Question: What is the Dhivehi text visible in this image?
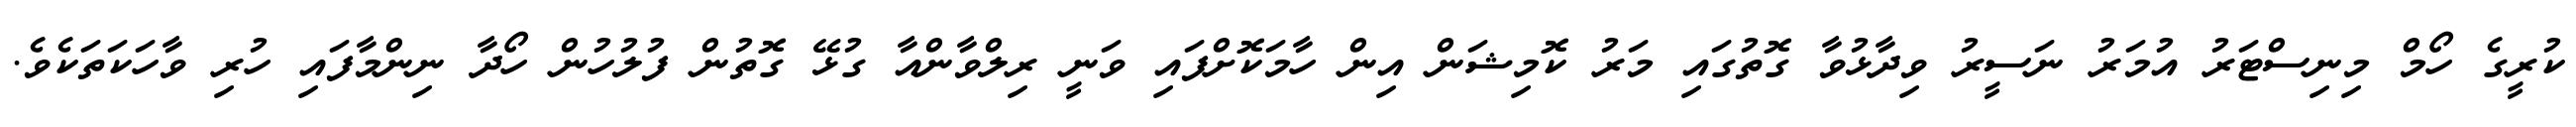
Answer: ކުރީގެ ހޯމް މިނިސްޓަރު އުމަރު ނަސީރު ވިދާޅުވާ ގޮތުގައި މަރު ކޮމިޝަން އިން ހާމަކޮށްފައި ވަނީ ރިލްވާންއާ ގުޅޭ ގޮތުން ފުލުހުން ހޯދާ ނިންމާފައި ހުރި ވާހަކަތަކެވެ.